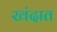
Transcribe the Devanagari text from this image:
खंदात